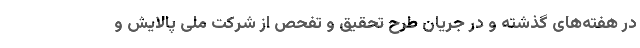
در هفته‌های گذشته و در جریان طرح تحقیق و تفحص از شرکت ملی پالایش و